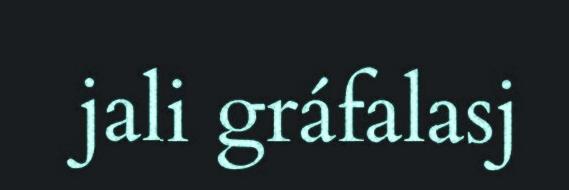
jali gráfalasj